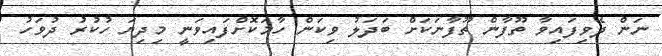
ނަން ދެވިފައިވާ ތޫފާން ތޫފާނަކަށް ބަދަލު ވިކަން ހާމަކޮށްފައިވަނީ މިދިޔަ ހުކުރު ދުވަހު